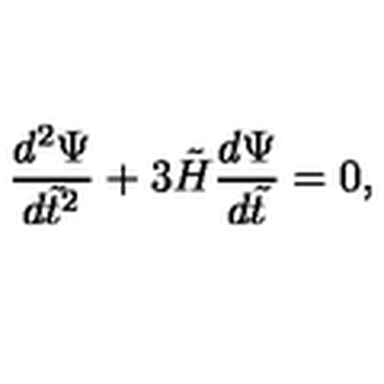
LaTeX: { \frac { d ^ { 2 } \Psi } { d \tilde { t } ^ { 2 } } } + 3 \tilde { H } { \frac { d \Psi } { d \tilde { t } } } = 0 ,